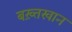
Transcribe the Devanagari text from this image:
बख़्तखान